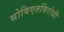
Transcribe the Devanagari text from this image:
सोविएतविरोधी